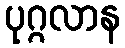
ပုဂ္ဂလာန